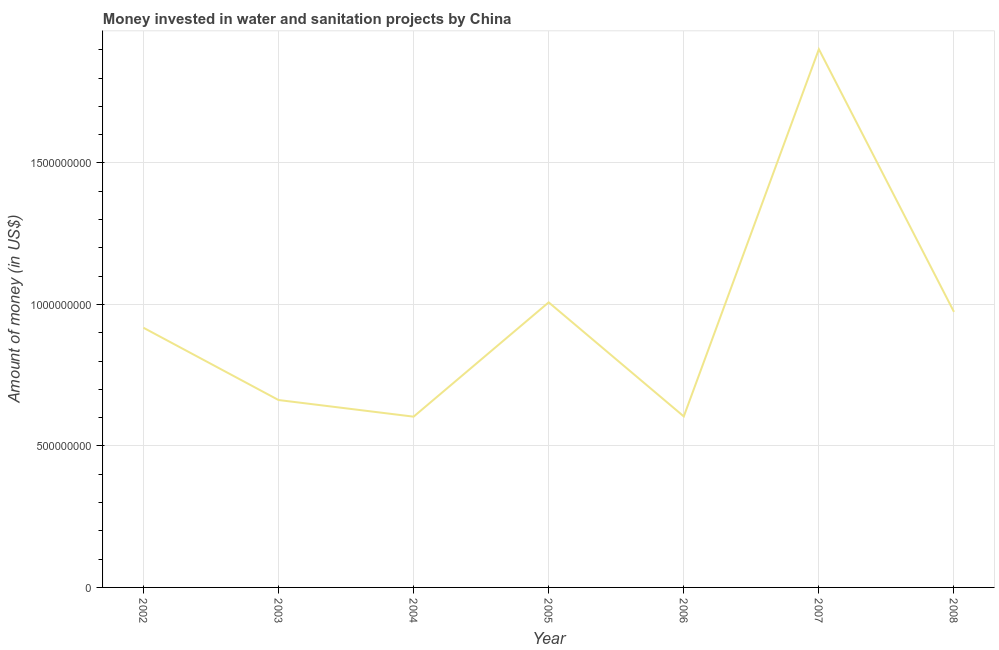
| Year | Investment |
 | --- | --- |
 | 2002 | 9.18e+08 |
 | 2003 | 6.62e+08 |
 | 2004 | 6.03e+08 |
 | 2005 | 1.01e+09 |
 | 2006 | 6.04e+08 |
 | 2007 | 1.9e+09 |
 | 2008 | 9.74e+08 |